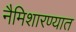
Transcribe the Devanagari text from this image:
नैमिशारण्यात